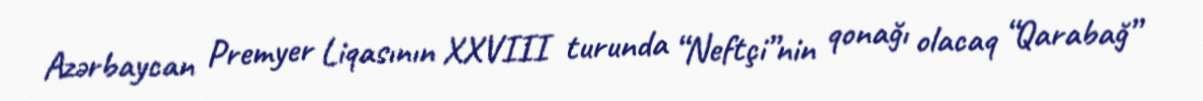
Azərbaycan Premyer Liqasının XXVIII turunda “Neftçi”nin qonağı olacaq “Qarabağ”